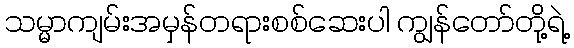
သမ္မာကျမ်းအမှန်တရားစစ်ဆေးပါ ကျွန်တော်တို့ရဲ့